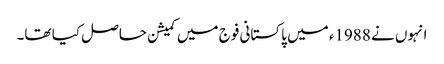
انہوں نے 1988ء میں پاکستانی فوج میں کمیشن حاصل کیا تھا۔